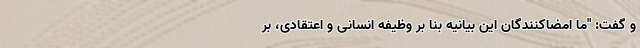
و گفت: "ما امضاکنندگان این بیانیه بنا بر وظیفه انسانی و اعتقادی، بر